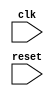
module usb_timing_control_sync(
    input wire clk,
    input wire reset,
    // Add other input and output ports as needed
);

// Define modules for generating and monitoring different clock signals

// Clock signal for USB data transmission
always @(posedge clk or posedge reset) begin
    if (reset) begin
        // Reset the clock signal for data transmission
    end else begin
        // Generate the clock signal for data transmission
    end
end

// Modules for synchronization of data packets

// Modules for maintaining correct timing for USB bus protocol compliance

// Modules for controlling timing of bus arbitration, data transfer, error detection, etc.

endmodule